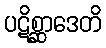
ပဋိစ္ဆာဒေတိ